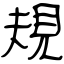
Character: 規